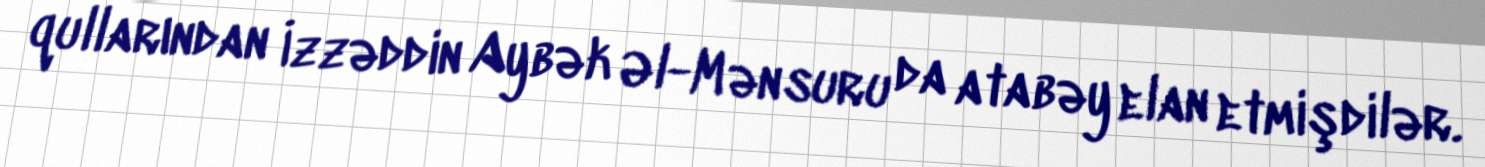
qullarından İzzəddin Aybək Əl-Mənsuru da atabəy elan etmişdilər.